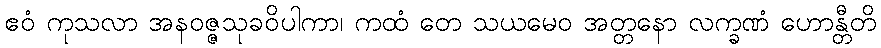
ဧဝံ ကုသလာ အနဝဇ္ဇသုခဝိပါကာ၊ ကထံ တေ သယမေဝ အတ္တနော လက္ခဏံ ဟောန္တီတိ